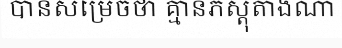
បានសម្រេចថា គ្មានភស្តុតាងណា